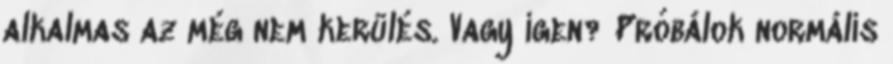
alkalmas az még nem kerülés. Vagy igen? Próbálok normális